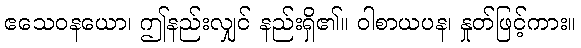
ဧသေဝနယော၊ ဤနည်းလျှင် နည်းရှိ၏။ ဝါစာယပန၊ နှုတ်ဖြင့်ကား။